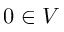
0 \in V